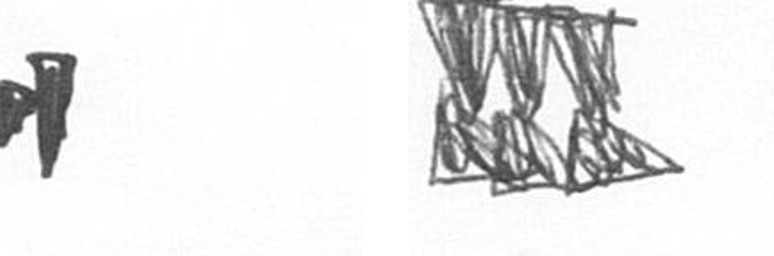
M D